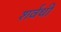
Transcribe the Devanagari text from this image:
शर्वथी